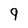
Character: 9